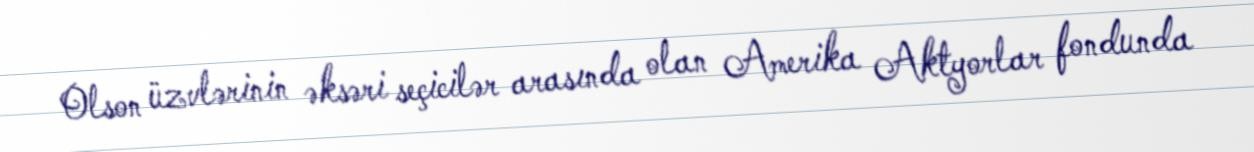
Olson üzvlərinin əksəri seçicilər arasında olan Amerika Aktyorlar fondunda